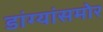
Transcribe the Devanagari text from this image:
डांग्यांसमोर